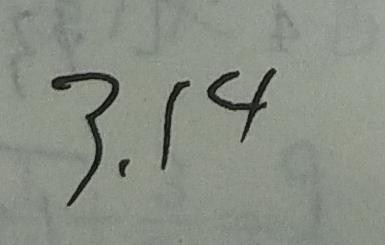
3 . 1 4